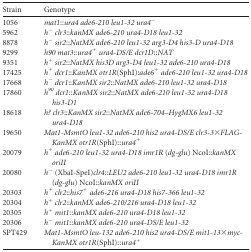
<table><thead><tr><td><b>Strain</b></td><td><b>Genotype</b></td></tr></thead><tbody><tr><td>1056</td><td><i>mat1</i>::<i>ura4 ade6-210 leu1-32 ura4<sup>−</sup></i></td></tr><tr><td>5962</td><td><i>h<sup>−</sup> clr3</i>::<i>kanMX ade6-210 ura4-D18 leu1-32</i></td></tr><tr><td>8878</td><td><i>h<sup>−</sup> sir2</i>::<i>NatMX ade6-210 leu1-32 arg3-D4 his3-D ura4-D18</i></td></tr><tr><td>9299</td><td><i>h90 mat3</i>::<i>ura4<sup>+</sup> ura4-DS/E dcr1D</i>::<i>NAT</i></td></tr><tr><td>9351</td><td><i>h<sup>+</sup> sir2</i>::<i>NatMX his3D arg3-D4 leu1-32 ade6-210 ura4-D18</i></td></tr><tr><td>17425</td><td><i>h<sup>+</sup> dcr1</i>::<i>KanMX otr1R</i>(SphI):<i>ade6<sup>+</sup> ade6-210 leu1-32 ura4-D18</i></td></tr><tr><td>17668</td><td><i>h<sup>−</sup> dcr1</i>::<i>KanMX sir2</i>::<i>NatMX ade6-210 leu1-32 ura4-D18</i></td></tr><tr><td>17860</td><td><i>h<sup>90</sup> dcr1</i>::<i>KanMX sir2</i>::<i>NatMX ade6-210 leu1-32 ura4-D18 his3-D1</i></td></tr><tr><td>18618</td><td><i>h? clr3</i>::<i>KanMX sir2</i>::<i>NatMX ade6-704–HygMX6 leu1-32 ura4-D18</i></td></tr><tr><td>19650</td><td><i>Mat1-MsmtO leu1-32 ade6-210 his2 ura4-DS/E clr3-3×FLAG-KanMX otr1R</i>(SphI)::<i>ura4<sup>+</sup></i></td></tr><tr><td>20079</td><td><i>h<sup>+</sup> ade6-210 leu1-32 ura4-D18 imr1R</i> (<i>dg-glu</i>) NcoI::<i>kanMX oriII</i></td></tr><tr><td>20080</td><td><i>h<sup>−</sup></i> (XbaI-SpeI)<i>clr4</i>::<i>LEU2 ade6-210 leu1-32 ura4-D18 imr1R</i> (<i>dg-glu</i>) NcoI::<i>kanMX oriII</i></td></tr><tr><td>20303</td><td><i>h<sup>+</sup> clr2</i>::<i>his7<sup>+</sup> ade6-216 ura4-D18 his7-366 leu1-32</i></td></tr><tr><td>20304</td><td><i>h<sup>+</sup> clr2</i>::<i>kanMX ade6-210/216 ura4-D18 leu1-32</i></td></tr><tr><td>20305</td><td><i>h<sup>+</sup> mit1</i>::<i>kanMX ade6-210 ura4-D18 leu1-32</i></td></tr><tr><td>20306</td><td><i>h<sup>−</sup> mit1</i>::<i>kanMX ade6-210 ura4-DS/E leu1-32</i></td></tr><tr><td>SPT429</td><td><i>Mat1-MsmtO leu-132 ade6-210 his2 ura4-DS/E mit1-13</i>×<i>myc-KanMX otr1R</i>(SphI)::<i>ura4<sup>+</sup></i></td></tr></tbody></table>